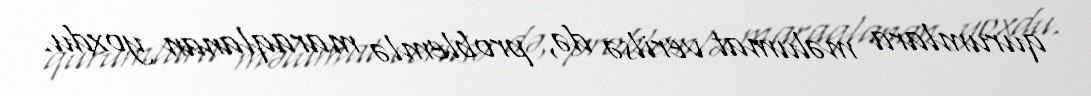
qurumlara məlumat verilsə də, problemlə maraqlanan yoxdu.